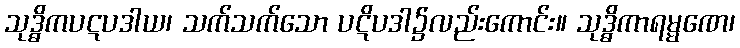
သုဒ္ဓိကပဋပဒါယ၊ သက်သက်သော ပဋိပဒါ၌လည်းကောင်း။ သုဒ္ဓိကာရမ္မဏေ၊